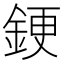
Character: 𫒝